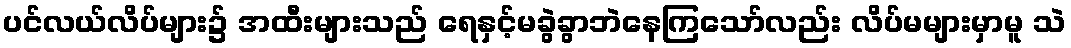
ပင်လယ်လိပ်များ၌ အထီးများသည် ရေနှင့်မခွဲခွာဘဲနေကြသော်လည်း လိပ်မများမှာမူ သဲ